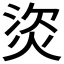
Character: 𤈾